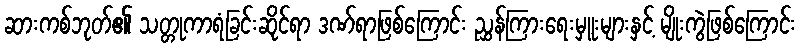
ဆားကစ်ဘုတ်၏ သတ္တုကာရံခြင်းဆိုင်ရာ ဒဏ်ရာဖြစ်ကြောင်း ညွှန်ကြားရေးမှူးများနှင့် မျိုးကွဲဖြစ်ကြောင်း